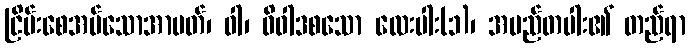
ငြိမ်းစေအပ်သောအာပတ်၊ ဝါ၊ ဝိဝါဒစသော လေးပါး(၁)၊ အမည်တပါး၏ တည်ရာ